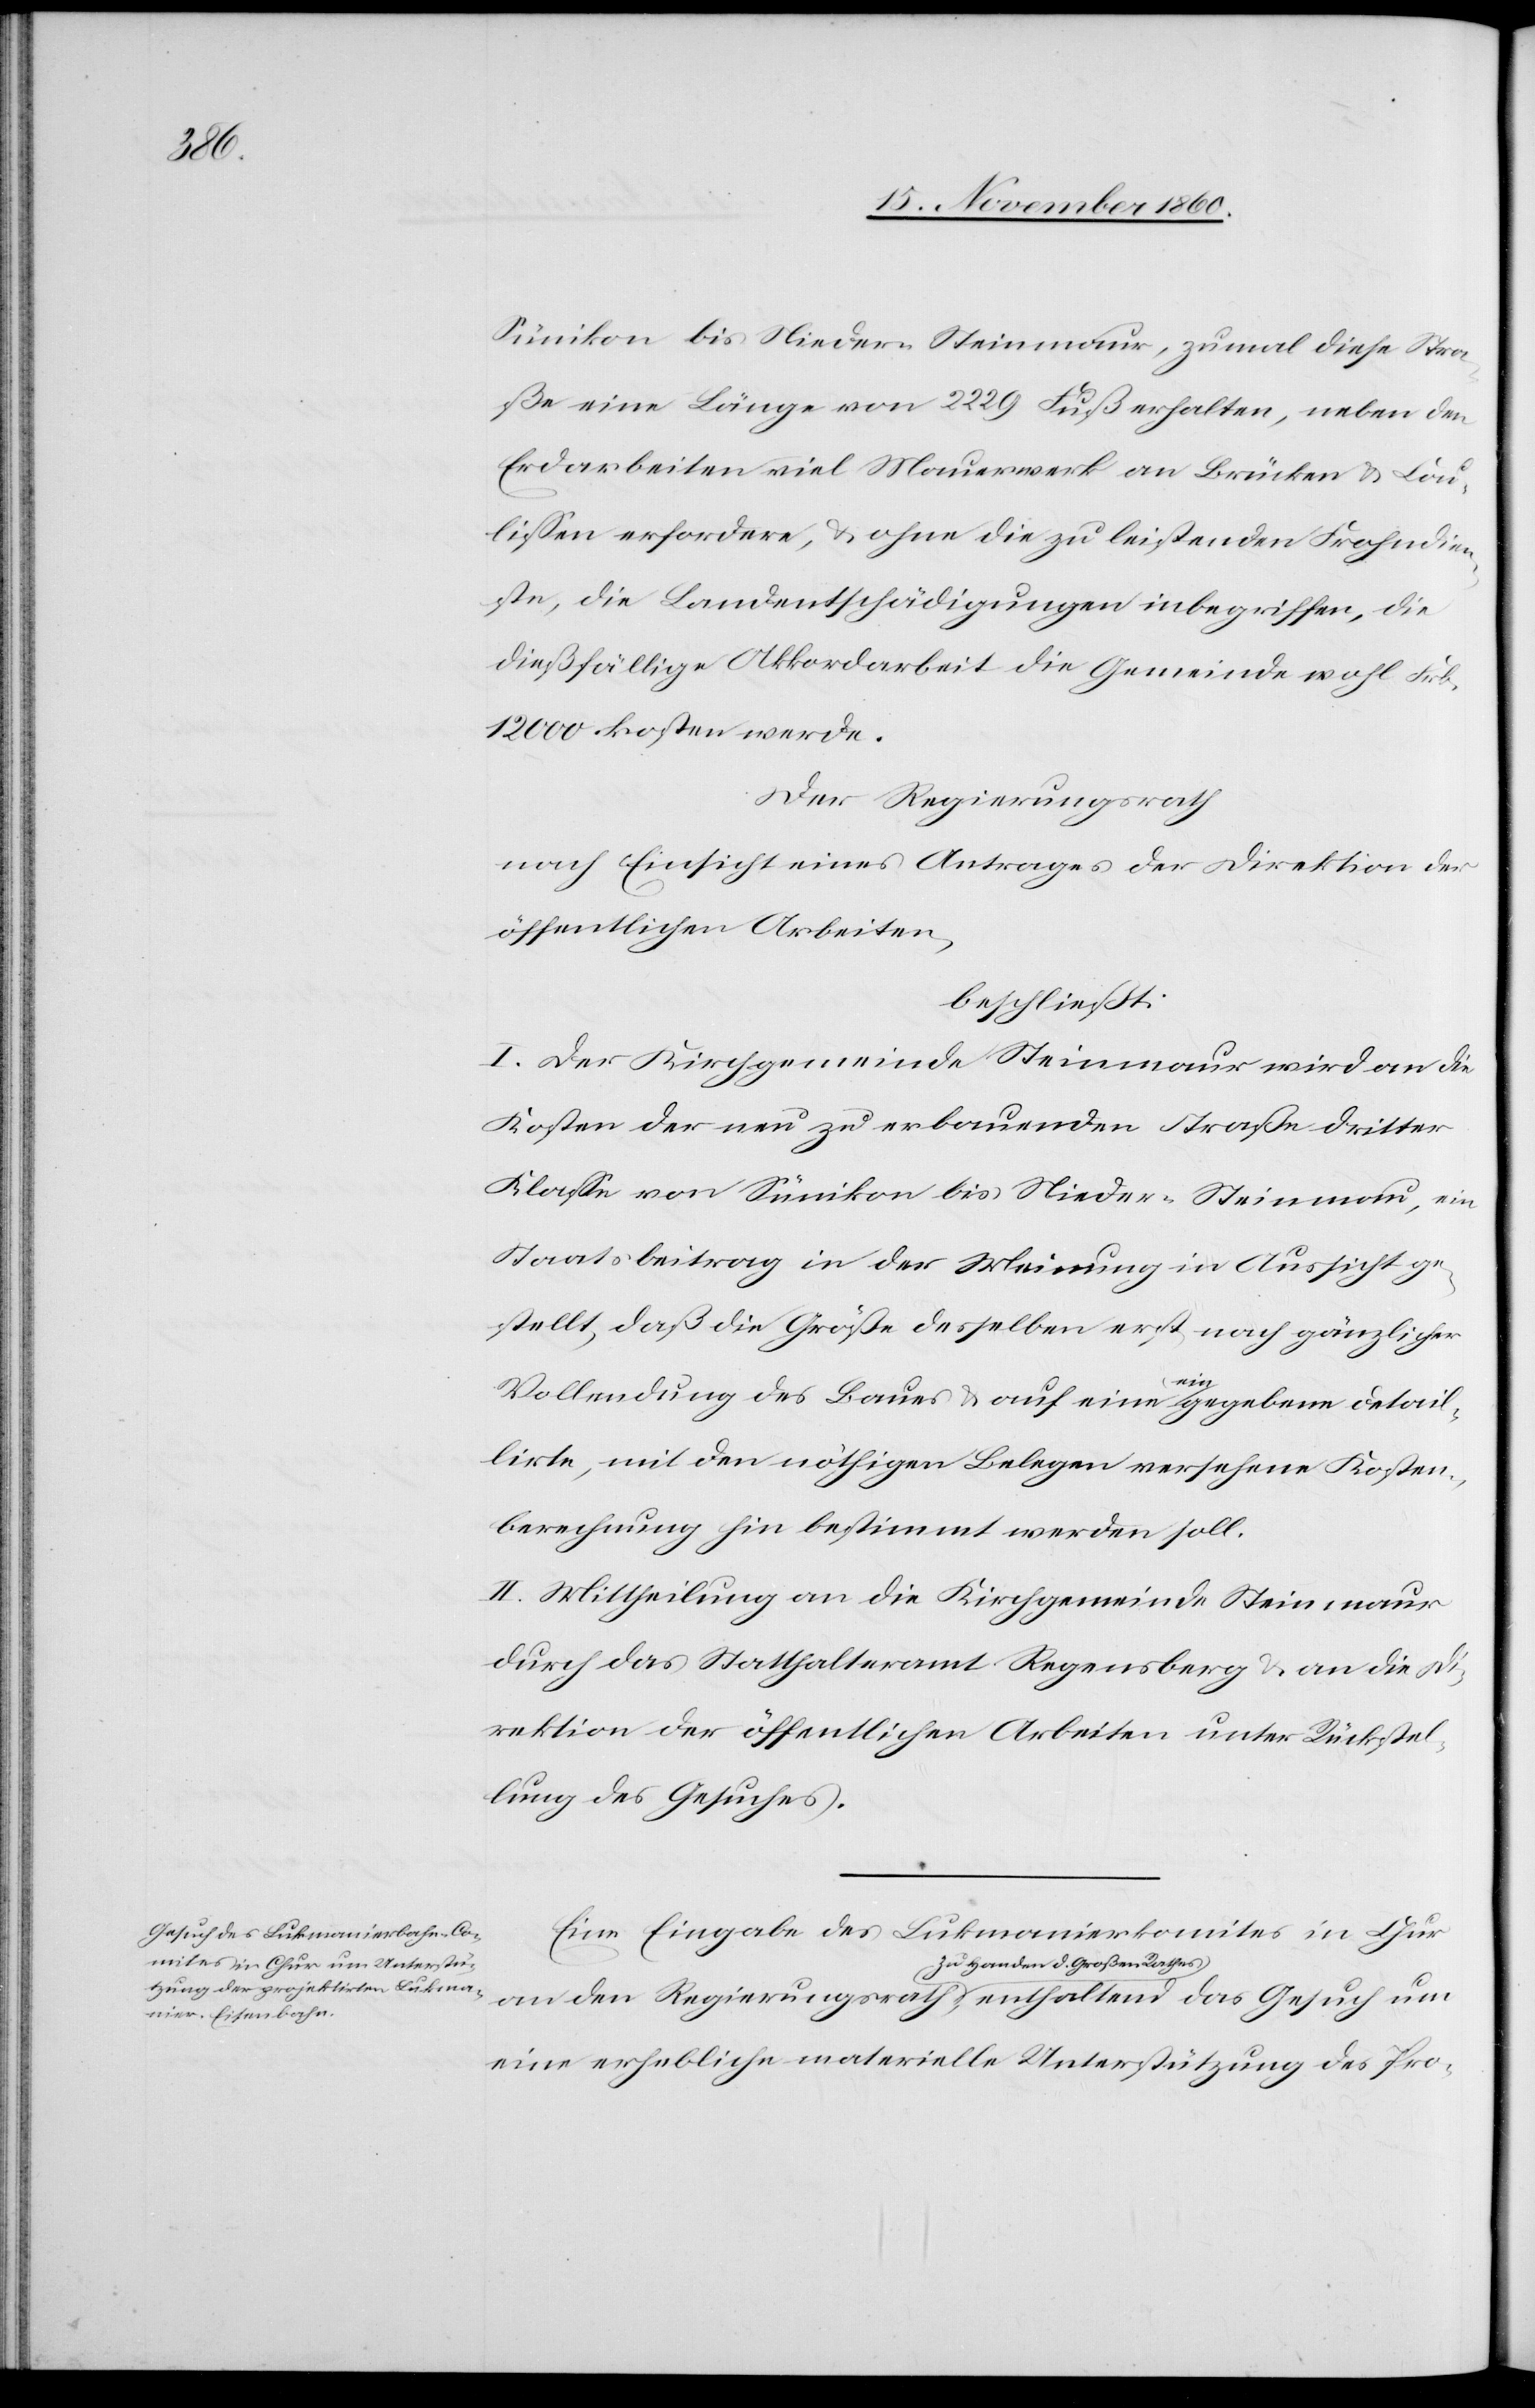
Sünikon bis Nieder-Steinmaur, zumal diese Stra¬
ße eine Länge von 2229 Fuß erhalten, neben den
Erdarbeiten viel Mauerwerk an Brücken u. Cou¬
lissen erfordere, u. ohne die zu leistenden Frohndien¬
ste, die Landentschädigungen inbegriffen, die
dießfällige Akkordarbeit die Gemeinde wohl Frk.
12 000 kosten werde.
den Regierungsrath
nach Einsicht eines Antrages der Direktion der
öffentlichen Arbeiten,
beschließt:
I. Der Kirchgemeinde Steinmaur wird an die
Kosten der neu zu erbauenden Straße dritter
Klasse von Sünikon bis Nieder-Steinmaur, ein
Staatsbeitrag in der Meinung in Aussicht ge¬
stellt, daß die Größe desselben erst nach gänzlicher
um
Vollendung des Baues u. auf eine nie gegebene detail¬
lirte, mit den nöthigen Belegen versehene Kosten¬
berechnung hin bestimmt werden soll.
II. Mittheilung an die Kirchgemeinde Steinmaur
durch das Statthalteramt Regensberg u. an die Di¬
rektion der öffentlichen Arbeiten unter Rückstel¬
lung des Gesuches.
Eine Eingabe des Lukmanierkomites in Chur
zu Handen d. Großen Rathes,
eine erhebliche materielle Unterstützung des Pro-